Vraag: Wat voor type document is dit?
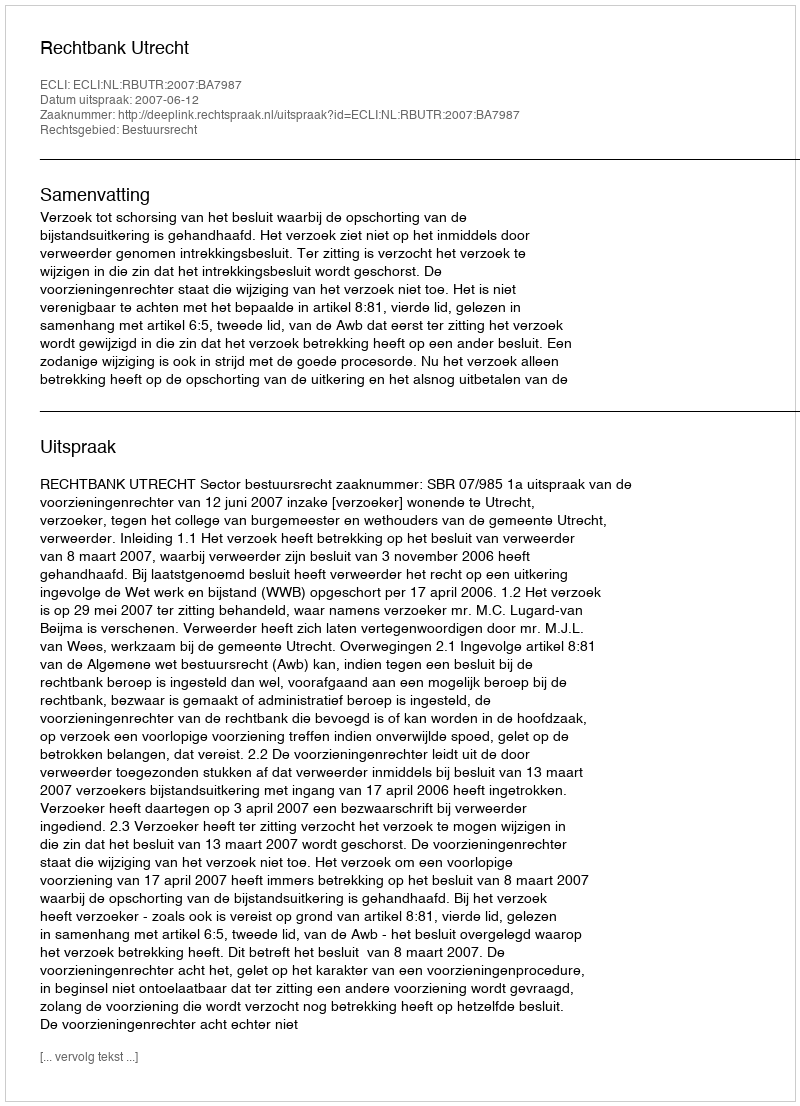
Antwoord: Uitspraak